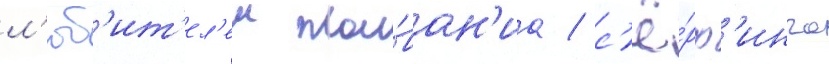
л'юб'ит'ел'еи пла́ван'иа / с'ё́рф'инга